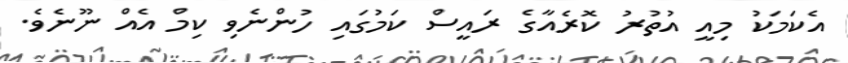
އެކަމަކު މިއީ އުތުރު ކޮރެއާގެ ރައީސް ކަމުގައި ހުންނެވި ކިމް އެއް ނޫނެވެ.